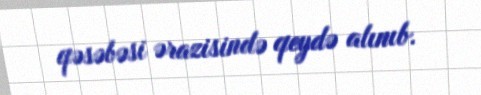
qəsəbəsi ərazisində qeydə alınıb.